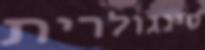
סינגולרית